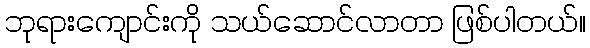
ဘုရားကျောင်းကို သယ်ဆောင်လာတာ ဖြစ်ပါတယ်။